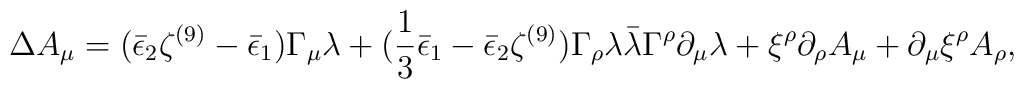
\Delta A_\mu = (\bar\epsilon_2 \zeta^{(9)} - \bar\epsilon_1) \Gamma_\mu\lambda + ({1\over 3} \bar\epsilon_1 - \bar\epsilon_2 \zeta^{(9)}) \Gamma_{\rho}\lambda \bar\lambda \Gamma^\rho \partial_\mu \lambda+\xi^\rho \partial_\rho A_\mu + \partial_\mu \xi^\rho A_\rho,